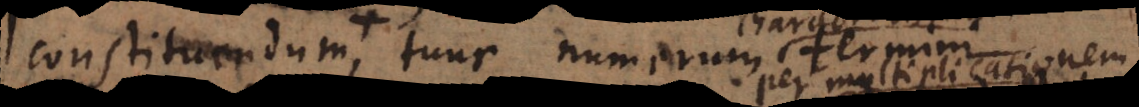
constituendum, tunc numerum characteristicum